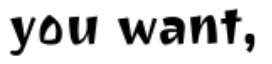
you want,